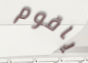
ياقوم